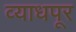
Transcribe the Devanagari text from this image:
व्याधपूर